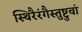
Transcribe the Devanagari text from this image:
स्थिरैरंगैस्तुष्टुवां